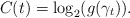
\begin{align*}C(t)=\log_{2}(g(\gamma_t)).\end{align*}